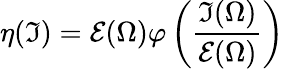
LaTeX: \eta(\mathfrak{I})=\mathcal{E}(\Omega)\varphi\left(\frac{{\mathfrak{I}(\Omega)}}{{\mathcal{E}(\Omega)}}\right)